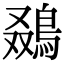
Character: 𬷒